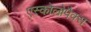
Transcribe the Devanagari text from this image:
एस्कोलोपैक्स